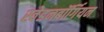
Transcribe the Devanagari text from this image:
स्वेडनबॉर्गियन